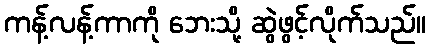
ကန့်လန့်ကာကို ဘေးသို့ ဆွဲဖွင့်လိုက်သည်။